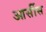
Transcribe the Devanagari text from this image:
आर्सीस